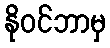
နိုဝင်ဘာမှ